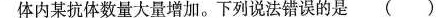
体内某抗体数量大量增加。下列说法错误的是()